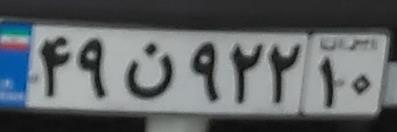
۴۹ن۹۲۲۱۰